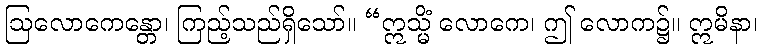
ဩလောကေန္တော၊ ကြည့်သည်ရှိသော်။ “ဣသ္မိံ လောကေ၊ ဤ လောက၌။ ဣမိနာ၊